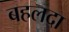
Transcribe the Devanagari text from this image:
बहलदा